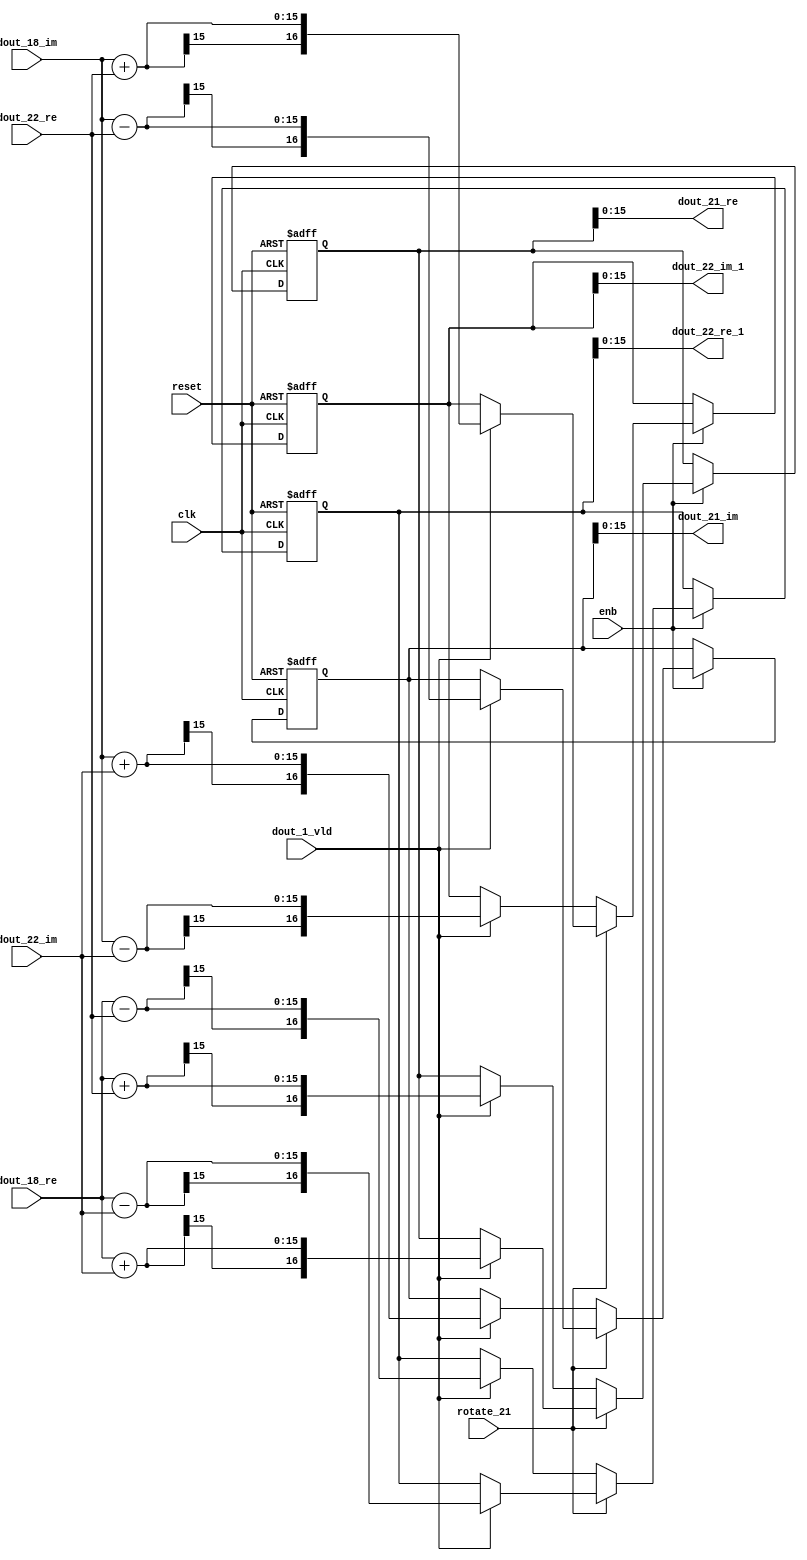
// -------------------------------------------------------------
// 
// 
// Generated by MATLAB 9.14 and HDL Coder 4.1
// 
// -------------------------------------------------------------


// -------------------------------------------------------------
// 
// Module: RADIX22FFT_SDNF2_4_block9
// Source Path: RSP/RSP/Velocity Processor/Doppler Processing/Doppler Processor/FFT/RADIX22FFT_SDNF2_4
// Hierarchy Level: 5
// 
// -------------------------------------------------------------

`timescale 1 ns / 1 ns

module RADIX22FFT_SDNF2_4_block9
          (clk,
           reset,
           enb,
           rotate_21,
           dout_18_re,
           dout_18_im,
           dout_22_re,
           dout_22_im,
           dout_1_vld,
           dout_21_re,
           dout_21_im,
           dout_22_re_1,
           dout_22_im_1);


  input   clk;
  input   reset;
  input   enb;
  input   rotate_21;  // ufix1
  input   signed [14:0] dout_18_re;  // sfix15_En10
  input   signed [14:0] dout_18_im;  // sfix15_En10
  input   signed [14:0] dout_22_re;  // sfix15_En10
  input   signed [14:0] dout_22_im;  // sfix15_En10
  input   dout_1_vld;
  output  signed [15:0] dout_21_re;  // sfix16_En10
  output  signed [15:0] dout_21_im;  // sfix16_En10
  output  signed [15:0] dout_22_re_1;  // sfix16_En10
  output  signed [15:0] dout_22_im_1;  // sfix16_En10


  wire signed [15:0] din1_re;  // sfix16_En10
  wire signed [15:0] din1_im;  // sfix16_En10
  wire signed [15:0] din2_re;  // sfix16_En10
  wire signed [15:0] din2_im;  // sfix16_En10
  reg  Radix22ButterflyG2_NF_din_vld_dly;
  reg signed [16:0] Radix22ButterflyG2_NF_btf1_re_reg;  // sfix17
  reg signed [16:0] Radix22ButterflyG2_NF_btf1_im_reg;  // sfix17
  reg signed [16:0] Radix22ButterflyG2_NF_btf2_re_reg;  // sfix17
  reg signed [16:0] Radix22ButterflyG2_NF_btf2_im_reg;  // sfix17
  reg  Radix22ButterflyG2_NF_din_vld_dly_next;
  reg signed [16:0] Radix22ButterflyG2_NF_btf1_re_reg_next;  // sfix17_En10
  reg signed [16:0] Radix22ButterflyG2_NF_btf1_im_reg_next;  // sfix17_En10
  reg signed [16:0] Radix22ButterflyG2_NF_btf2_re_reg_next;  // sfix17_En10
  reg signed [16:0] Radix22ButterflyG2_NF_btf2_im_reg_next;  // sfix17_En10
  reg signed [15:0] dout_21_re_1;  // sfix16_En10
  reg signed [15:0] dout_21_im_1;  // sfix16_En10
  reg signed [15:0] dout_22_re_2;  // sfix16_En10
  reg signed [15:0] dout_22_im_2;  // sfix16_En10
  reg  dout_4_vld;
  reg signed [16:0] Radix22ButterflyG2_NF_add_cast;  // sfix17_En10
  reg signed [16:0] Radix22ButterflyG2_NF_add_cast_0;  // sfix17_En10
  reg signed [16:0] Radix22ButterflyG2_NF_add_cast_1;  // sfix17_En10
  reg signed [16:0] Radix22ButterflyG2_NF_add_cast_2;  // sfix17_En10
  reg signed [16:0] Radix22ButterflyG2_NF_sub_cast;  // sfix17_En10
  reg signed [16:0] Radix22ButterflyG2_NF_sub_cast_0;  // sfix17_En10
  reg signed [16:0] Radix22ButterflyG2_NF_sub_cast_1;  // sfix17_En10
  reg signed [16:0] Radix22ButterflyG2_NF_sub_cast_2;  // sfix17_En10
  reg signed [16:0] Radix22ButterflyG2_NF_add_cast_3;  // sfix17_En10
  reg signed [16:0] Radix22ButterflyG2_NF_add_cast_4;  // sfix17_En10
  reg signed [16:0] Radix22ButterflyG2_NF_add_cast_5;  // sfix17_En10
  reg signed [16:0] Radix22ButterflyG2_NF_add_cast_6;  // sfix17_En10
  reg signed [16:0] Radix22ButterflyG2_NF_sub_cast_3;  // sfix17_En10
  reg signed [16:0] Radix22ButterflyG2_NF_sub_cast_4;  // sfix17_En10
  reg signed [16:0] Radix22ButterflyG2_NF_sub_cast_5;  // sfix17_En10
  reg signed [16:0] Radix22ButterflyG2_NF_sub_cast_6;  // sfix17_En10


  assign din1_re = {dout_18_re[14], dout_18_re};



  assign din1_im = {dout_18_im[14], dout_18_im};



  assign din2_re = {dout_22_re[14], dout_22_re};



  assign din2_im = {dout_22_im[14], dout_22_im};



  // Radix22ButterflyG2_NF
  always @(posedge clk or posedge reset)
    begin : Radix22ButterflyG2_NF_process
      if (reset == 1'b1) begin
        Radix22ButterflyG2_NF_din_vld_dly <= 1'b0;
        Radix22ButterflyG2_NF_btf1_re_reg <= 17'sb00000000000000000;
        Radix22ButterflyG2_NF_btf1_im_reg <= 17'sb00000000000000000;
        Radix22ButterflyG2_NF_btf2_re_reg <= 17'sb00000000000000000;
        Radix22ButterflyG2_NF_btf2_im_reg <= 17'sb00000000000000000;
      end
      else begin
        if (enb) begin
          Radix22ButterflyG2_NF_din_vld_dly <= Radix22ButterflyG2_NF_din_vld_dly_next;
          Radix22ButterflyG2_NF_btf1_re_reg <= Radix22ButterflyG2_NF_btf1_re_reg_next;
          Radix22ButterflyG2_NF_btf1_im_reg <= Radix22ButterflyG2_NF_btf1_im_reg_next;
          Radix22ButterflyG2_NF_btf2_re_reg <= Radix22ButterflyG2_NF_btf2_re_reg_next;
          Radix22ButterflyG2_NF_btf2_im_reg <= Radix22ButterflyG2_NF_btf2_im_reg_next;
        end
      end
    end

  always @(Radix22ButterflyG2_NF_btf1_im_reg, Radix22ButterflyG2_NF_btf1_re_reg,
       Radix22ButterflyG2_NF_btf2_im_reg, Radix22ButterflyG2_NF_btf2_re_reg,
       Radix22ButterflyG2_NF_din_vld_dly, din1_im, din1_re, din2_im, din2_re,
       dout_1_vld, rotate_21) begin
    Radix22ButterflyG2_NF_add_cast_1 = 17'sb00000000000000000;
    Radix22ButterflyG2_NF_add_cast_2 = 17'sb00000000000000000;
    Radix22ButterflyG2_NF_sub_cast_1 = 17'sb00000000000000000;
    Radix22ButterflyG2_NF_sub_cast_2 = 17'sb00000000000000000;
    Radix22ButterflyG2_NF_add_cast_5 = 17'sb00000000000000000;
    Radix22ButterflyG2_NF_add_cast_6 = 17'sb00000000000000000;
    Radix22ButterflyG2_NF_sub_cast_5 = 17'sb00000000000000000;
    Radix22ButterflyG2_NF_sub_cast_6 = 17'sb00000000000000000;
    Radix22ButterflyG2_NF_add_cast = 17'sb00000000000000000;
    Radix22ButterflyG2_NF_add_cast_0 = 17'sb00000000000000000;
    Radix22ButterflyG2_NF_sub_cast = 17'sb00000000000000000;
    Radix22ButterflyG2_NF_sub_cast_0 = 17'sb00000000000000000;
    Radix22ButterflyG2_NF_add_cast_3 = 17'sb00000000000000000;
    Radix22ButterflyG2_NF_add_cast_4 = 17'sb00000000000000000;
    Radix22ButterflyG2_NF_sub_cast_3 = 17'sb00000000000000000;
    Radix22ButterflyG2_NF_sub_cast_4 = 17'sb00000000000000000;
    Radix22ButterflyG2_NF_btf1_re_reg_next = Radix22ButterflyG2_NF_btf1_re_reg;
    Radix22ButterflyG2_NF_btf1_im_reg_next = Radix22ButterflyG2_NF_btf1_im_reg;
    Radix22ButterflyG2_NF_btf2_re_reg_next = Radix22ButterflyG2_NF_btf2_re_reg;
    Radix22ButterflyG2_NF_btf2_im_reg_next = Radix22ButterflyG2_NF_btf2_im_reg;
    Radix22ButterflyG2_NF_din_vld_dly_next = dout_1_vld;
    if (rotate_21 != 1'b0) begin
      if (dout_1_vld) begin
        Radix22ButterflyG2_NF_add_cast_1 = {din1_re[15], din1_re};
        Radix22ButterflyG2_NF_add_cast_2 = {din2_im[15], din2_im};
        Radix22ButterflyG2_NF_btf1_re_reg_next = Radix22ButterflyG2_NF_add_cast_1 + Radix22ButterflyG2_NF_add_cast_2;
        Radix22ButterflyG2_NF_sub_cast_1 = {din1_re[15], din1_re};
        Radix22ButterflyG2_NF_sub_cast_2 = {din2_im[15], din2_im};
        Radix22ButterflyG2_NF_btf2_re_reg_next = Radix22ButterflyG2_NF_sub_cast_1 - Radix22ButterflyG2_NF_sub_cast_2;
        Radix22ButterflyG2_NF_add_cast_5 = {din1_im[15], din1_im};
        Radix22ButterflyG2_NF_add_cast_6 = {din2_re[15], din2_re};
        Radix22ButterflyG2_NF_btf2_im_reg_next = Radix22ButterflyG2_NF_add_cast_5 + Radix22ButterflyG2_NF_add_cast_6;
        Radix22ButterflyG2_NF_sub_cast_5 = {din1_im[15], din1_im};
        Radix22ButterflyG2_NF_sub_cast_6 = {din2_re[15], din2_re};
        Radix22ButterflyG2_NF_btf1_im_reg_next = Radix22ButterflyG2_NF_sub_cast_5 - Radix22ButterflyG2_NF_sub_cast_6;
      end
    end
    else if (dout_1_vld) begin
      Radix22ButterflyG2_NF_add_cast = {din1_re[15], din1_re};
      Radix22ButterflyG2_NF_add_cast_0 = {din2_re[15], din2_re};
      Radix22ButterflyG2_NF_btf1_re_reg_next = Radix22ButterflyG2_NF_add_cast + Radix22ButterflyG2_NF_add_cast_0;
      Radix22ButterflyG2_NF_sub_cast = {din1_re[15], din1_re};
      Radix22ButterflyG2_NF_sub_cast_0 = {din2_re[15], din2_re};
      Radix22ButterflyG2_NF_btf2_re_reg_next = Radix22ButterflyG2_NF_sub_cast - Radix22ButterflyG2_NF_sub_cast_0;
      Radix22ButterflyG2_NF_add_cast_3 = {din1_im[15], din1_im};
      Radix22ButterflyG2_NF_add_cast_4 = {din2_im[15], din2_im};
      Radix22ButterflyG2_NF_btf1_im_reg_next = Radix22ButterflyG2_NF_add_cast_3 + Radix22ButterflyG2_NF_add_cast_4;
      Radix22ButterflyG2_NF_sub_cast_3 = {din1_im[15], din1_im};
      Radix22ButterflyG2_NF_sub_cast_4 = {din2_im[15], din2_im};
      Radix22ButterflyG2_NF_btf2_im_reg_next = Radix22ButterflyG2_NF_sub_cast_3 - Radix22ButterflyG2_NF_sub_cast_4;
    end
    dout_21_re_1 = Radix22ButterflyG2_NF_btf1_re_reg[15:0];
    dout_21_im_1 = Radix22ButterflyG2_NF_btf1_im_reg[15:0];
    dout_22_re_2 = Radix22ButterflyG2_NF_btf2_re_reg[15:0];
    dout_22_im_2 = Radix22ButterflyG2_NF_btf2_im_reg[15:0];
    dout_4_vld = Radix22ButterflyG2_NF_din_vld_dly;
  end



  assign dout_21_re = dout_21_re_1;

  assign dout_21_im = dout_21_im_1;

  assign dout_22_re_1 = dout_22_re_2;

  assign dout_22_im_1 = dout_22_im_2;

endmodule  // RADIX22FFT_SDNF2_4_block9